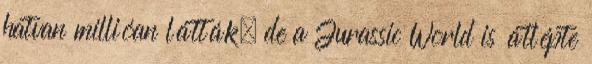
hatvan millióan látták, de a Jurassic World is átlépte